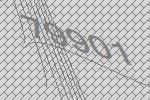
79901